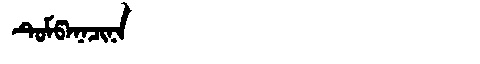
Manchu: ᡨᡠᠮᡦᠠᠨᠠᠴᡳᠨᠠ
Romanization: TUMPANACINA